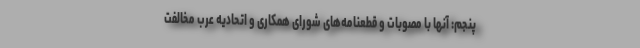
پنجم: آنها با مصوبات و قطعنامه‌های شورای همکاری و اتحادیه عرب مخالفت